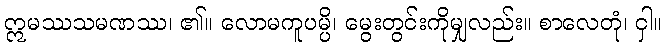
ဣမဿသမဏဿ၊ ၏။ လောမကူပမ္ပိ၊ မွေးတွင်းကိုမျှလည်း။ စာလေတုံ၊ ငှါ။